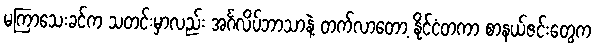
မကြာသေးခင်က သတင်းမှာလည်း အင်္ဂလိပ်ဘာသာနဲ့ တက်လာတော့ နိုင်ငံတကာ စာနယ်ဇင်းတွေက